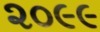
૨૦૯૯